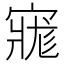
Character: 𡩽